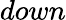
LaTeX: down